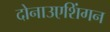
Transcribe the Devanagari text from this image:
दोनाउएशिंगन